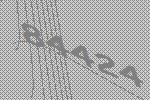
84424